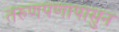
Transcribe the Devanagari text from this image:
तरुणपणापासुन